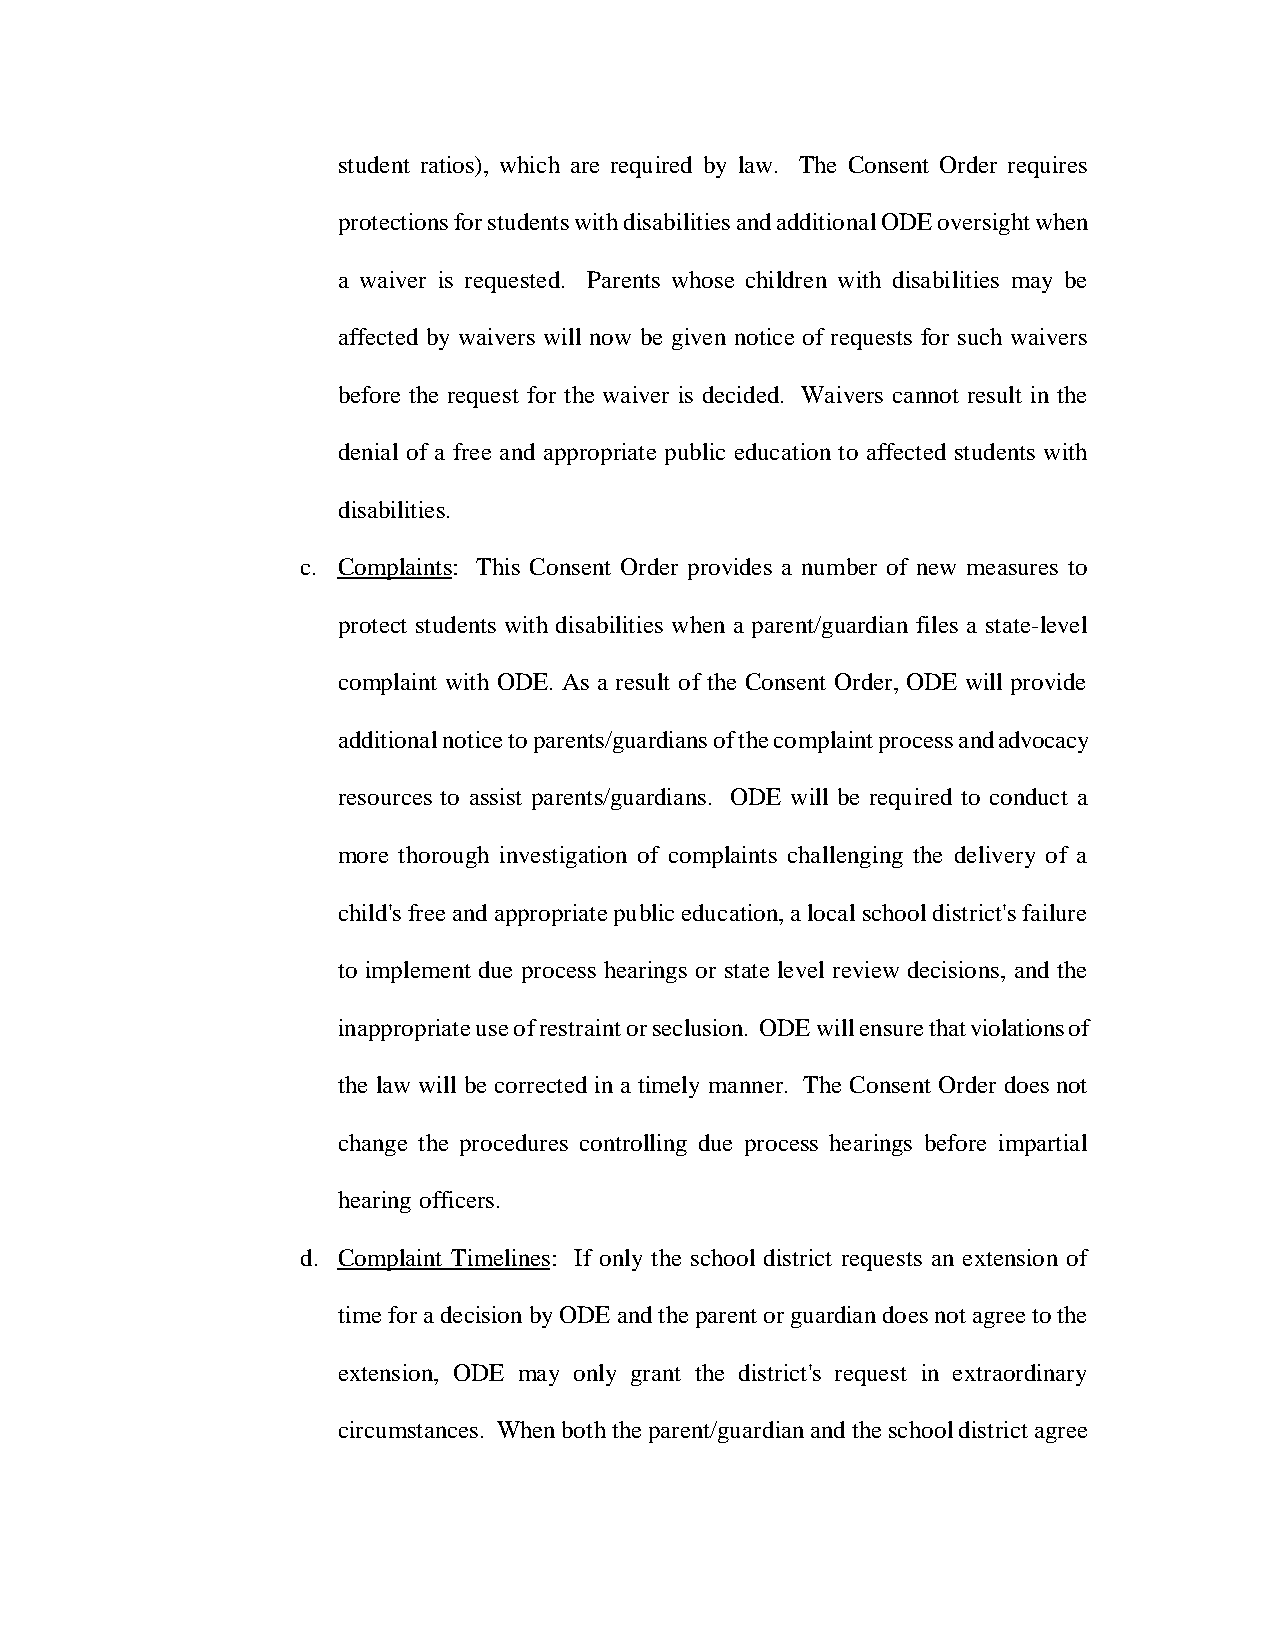
student ratios), which are required by law. The Consent Order requires
 protections for students with disabilities and additional ODE oversight when
 a waiver is requested. Parents whose children with disabilities may be
 affected by waivers will now be given notice of requests for such waivers
 before the request for the waiver is decided. Waivers cannot result in the
 denial of a free and appropriate public education to affected students with
 disabilities.
 c. Complaints: This Consent Order provides a number of new measures to
 protect students with disabilities when a parent/guardian files a state-level
 complaint with ODE. As a result of the Consent Order, ODE will provide
 additional notice to parents/guardians of the complaint process and advocacy
 resources to assist parents/guardians. ODE will be required to conduct a
 more thorough investigation of complaints challenging the delivery of a
 child's free and appropriate public education, a local school district's failure
 to implement due process hearings or state level review decisions, and the
 inappropriate use of restraint or seclusion. ODE will ensure that violations of
 the law will be corrected in a timely manner. The Consent Order does not
 change the procedures controlling due process hearings before impartial
 hearing officers.
 d. Complaint Timelines: If only the school district requests an extension of
 time for a decision by ODE and the parent or guardian does not agree to the
 extension, ODE may only grant the district's request in extraordinary
 circumstances. When both the parent/guardian and the school district agree